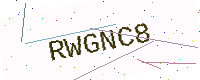
Text: RWGNC8